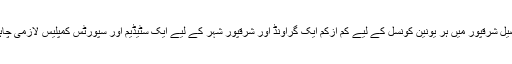
تحصیل شرقپور میں ہر یونین کونسل کے لیے کم ازکم ایک گراونڈ اور شرقپور شہر کے لیے ایک سٹیڈیم اور سپورٹس کمپلیس لازمی چاہیے۔